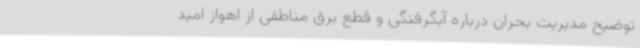
توضیح مدیریت بحران درباره آبگرفتگی و قطع برق مناطقی از اهواز امید